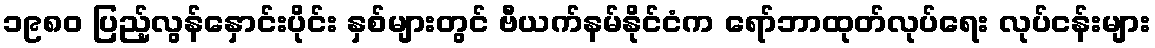
၁၉၈၀ ပြည့်လွန်နှောင်းပိုင်း နှစ်များတွင် ဗီယက်နမ်နိုင်ငံက ရော်ဘာထုတ်လုပ်ရေး လုပ်ငန်းများ